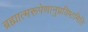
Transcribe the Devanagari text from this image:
ब्रह्मात्मरूपेणानुप्रविष्टमिति